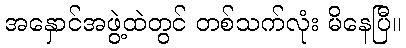
အနှောင်အဖွဲ့ထဲတွင် တစ်သက်လုံး မိနေပြီ။